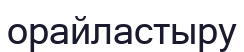
орайластыру